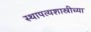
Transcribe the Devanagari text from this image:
स्थापत्यशास्रीच्या